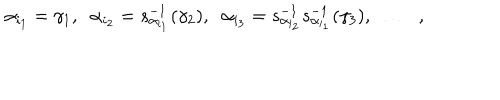
LaTeX: \alpha _ { i _ { 1 } } = \gamma _ { 1 } , \; \; \alpha _ { i _ { 2 } } = s _ { \alpha _ { i _ { 1 } } } ^ { - 1 } ( \gamma _ { 2 } ) , \; \; \alpha _ { i _ { 3 } } = s _ { \alpha _ { i _ { 2 } } } ^ { - 1 } s _ { \alpha _ { i _ { 1 } } } ^ { - 1 } ( \gamma _ { 3 } ) , \; \; \ldots \; \; ,